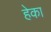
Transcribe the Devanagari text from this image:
हेका